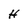
Character: H